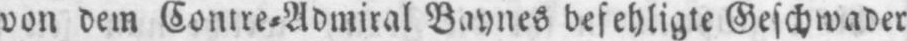
von dem Contre⸗Admiral Baynes befehligte Geschwader